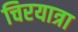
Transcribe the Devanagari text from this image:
चिरयात्रा